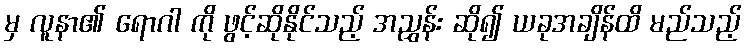
မှ လူနာ၏ ရောဂါ ကို ဖွင့်ဆိုနိုင်သည့် အညွှန်း ဆို၍ ယခုအချိန်ထိ မည်သည့်